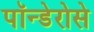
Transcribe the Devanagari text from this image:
पॉन्डेरोसे